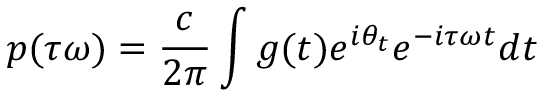
p ( \tau \omega ) = \frac { c } { 2 \pi } \int g ( t ) e ^ { i \theta _ { t } } e ^ { - i \tau \omega t } d t